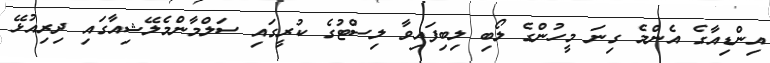
އިންޑިއާގެ އެންމެ ގިނަ މީހުންގެ ލޯބި ލިބިފައިވާ ލިސްޓުގެ ކުރީގައި ސަލްމާންމެލޭޝިއާގައި ދިރިއުޅޭ